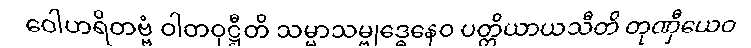
ဝေါဟရိတဗ္ဗံ ဝါတဝုဋ္ဌီတိ သမ္မာသမ္ဗုဒ္ဓေနေဝ ပတ္တိယာယသီတိ တုဏှီယေဝ